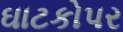
ઘાટકોપર